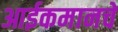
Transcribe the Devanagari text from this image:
आईकमानचे